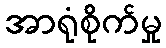
အာရုံစိုက်မှု